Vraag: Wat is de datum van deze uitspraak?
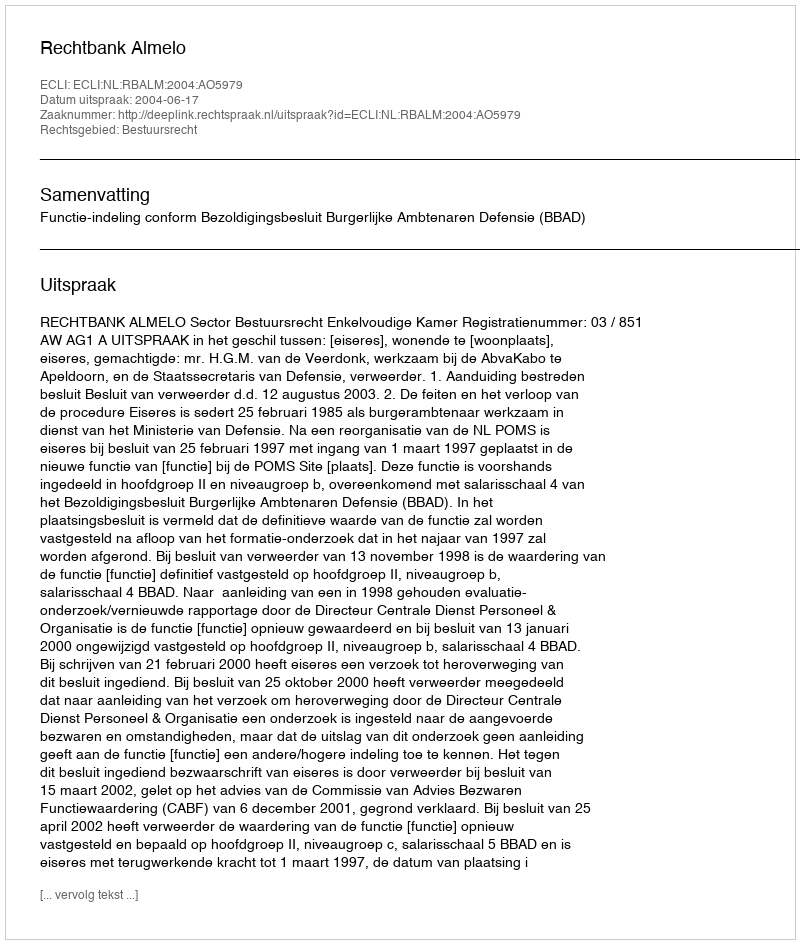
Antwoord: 2004-06-17